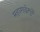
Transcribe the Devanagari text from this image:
महागाईमुळे